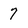
Character: 7